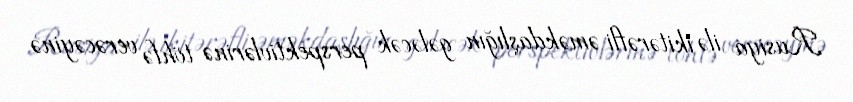
Rusiya ilə ikitərəfli əməkdaşlığın gələcək perspektivlərinə töhfə verəcəyinə